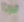
فردا